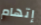
إتهام